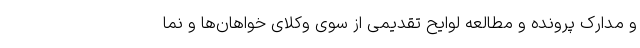
و مدارک پرونده و مطالعه لوایح تقدیمی از سوی وکلای خواهان‌ها و نما